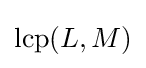
\mathrm {lcp} (L,M)